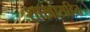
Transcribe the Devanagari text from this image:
शाखासहित